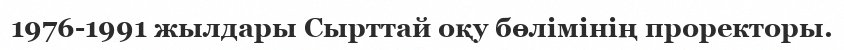
1976-1991 жылдары Сырттай оқу бөлімінің проректоры.